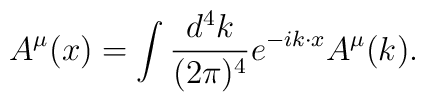
{ A^\mu}(x)=\int{d^4k\over(2\pi)^4}e^{-ik\cdot x}{ A^\mu}(k).